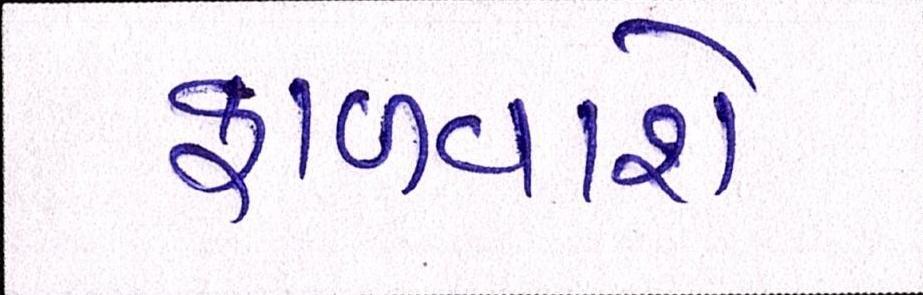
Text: ફાળવાશે